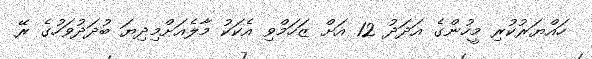
ހައްޔަރުކުރި މީހުންގެ އަދަދު 12 އަށް ޒަހަމްވި އެކަކު މާލެއަށްމިދިޔަ ބުދަދުވަހުގެ ރޭ